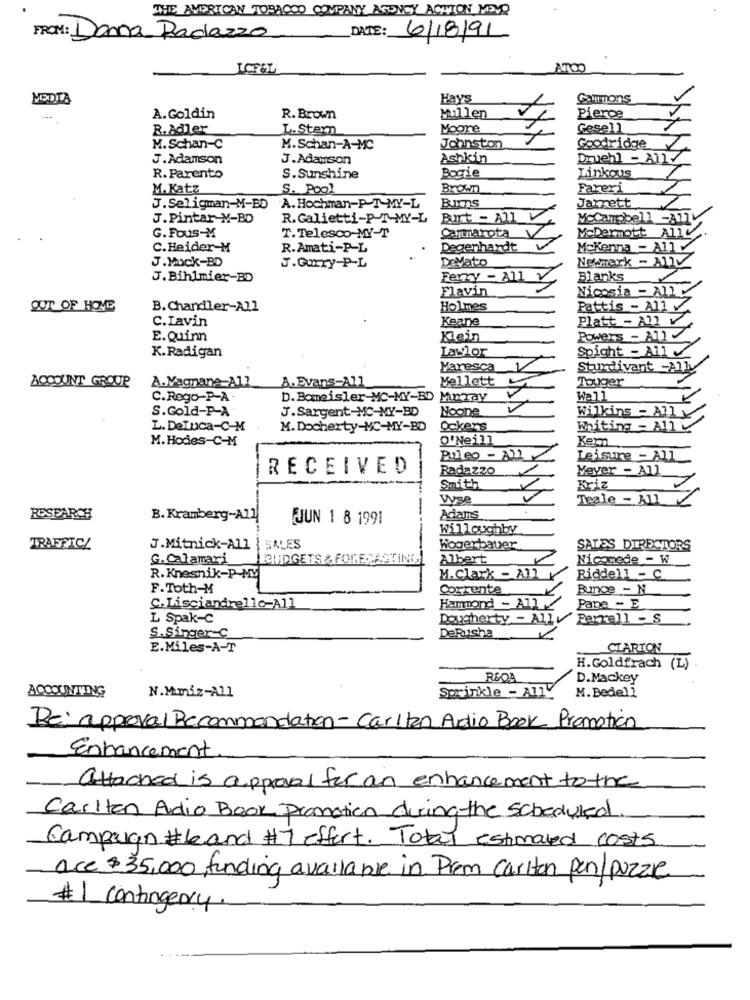
THE AMERICAN TOBACCO COMPANY AGENCY ACTION MEVR
DATE:
FROM: Dana Radazzo
6/18/91
LCF&L
MODTA
Hays
À. Goldin
R. Brown
Millen
Pierce
R.Adler
L. Stern
Moore
Gesell
M. Schan-C
M.Schan-A-MC
Johnston
Goodridge
J.Adamson
J.Adamson
Ashkin
Druehl - A11/
Bogie
Linkous
R. Parento
S.Sunshine
M. Katz
S. Pool
Brown
Fareri
J.Seligman-M-BD
A. Hochman-P T-MY-L
Jarrett
J.Pintar-M-BD
R. Galietti-P-T-MY-L
Burt - All V
McCampbell -A1]V
Cartarota
McDermott Allv
G. Fous-M
T.Telesco-MY-T
C.Heider-M
R.Amati-P-L
Degenhardt
Mckenna - Ally
DeVato
Newmark - ADV
J.Mock-BD
J.Garry-P-L
J. Bihlmier-BD
Ferry - All v
Blanks
Flavin
Nicosia - All
OUT OF HOME
B. Chandler-All
Holmes
Pattis - All V
C.Lavin
Keane
Platt - All v
E.Quinn
Klein
Powers - AllV
K.Radigan
Lawlor
Spight - All
Varesca
Sturdivant -Ally
ACCOUNT GROUP
A. Vagyane-A12
Mellett
Touger
A. Evans-All
C.Rego-P-A ·
D. Bomeisler-MC-MY-BD Murray
Well
S.Gold-P-A
J.Sargent-MC-MY-BD
Noone
Wilkins - Ally
L. DeLuca-C-M
M. Docherty-MC-MY-BD
Ockers
Whiting - All V
M. Hodes-C-M
O'Neill
Kern
Puleo - 821
Leisure - All
RECEIVED
Radazzo
Meyer - All
Smith
Kriz
Vyse
Teale - All V
RESEARCH
B. Kramberg-All
JUN 1 8 1991
Adams
Willoughby
TRAFFIC/
J.Mitnick-All { SALES
Wogerbauer
SALES DIRECTORS
G.Calamari
BUDGETS & FORECASTING!
Albert
Nicomede - W
R. Knesnik-P-My
M.Clark - All
Riddell - c.
F.Toth-M
Corrente
Bunge - N
C.Lisciandrello-All
Hammond - All
Pape - E
L Spak-C
Dougherty - Allv' Ferrell - S
DeRusha
S. Singer-C
E.Miles-A-T
CLARION
H. Goldfrach (L)
RSOA
D.Mackey
ACCOUNTING
Sprinkle - A11
M. Bedell
N.M.miz-All
Reiapproval Recommandation -Carlton Audio Book Promotion
Enhancement
attached is approval for an enhancement to the
Carlton Audio Book Promotion during the scheduled
Campaign #6 and #7 effort. Total estimated costs
ace $35,000, funding available in Prem Carlton pan/puzzle
# 1 contingency